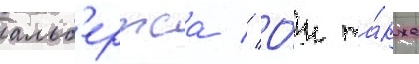
альб'ертса // О́н та́кже